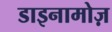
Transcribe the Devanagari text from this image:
डाइनामोज़